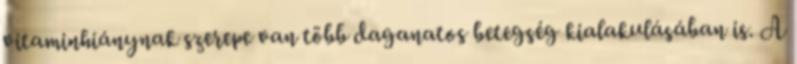
vitaminhiánynak szerepe van több daganatos betegség kialakulásában is. A